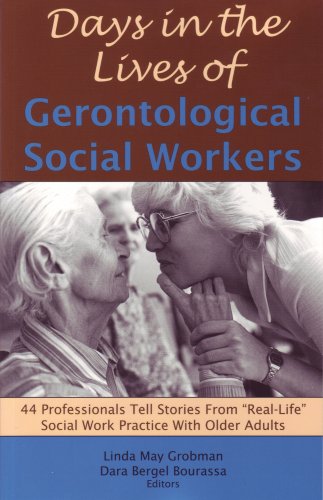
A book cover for Days in the Lives of Gerontological Social Workers: 44 Professionals Tell Stories from "Real-Life" Social Work Practice with Older Adults; Medical Books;